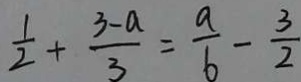
\frac { 1 } { 2 } + \frac { 3 - a } { 3 } = \frac { a } { 6 } - \frac { 3 } { 2 }